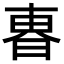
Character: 𣌼